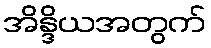
အိန္ဒိယအတွက်